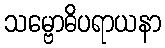
သမ္ဗောဓိပရာယနာ